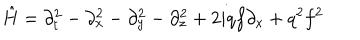
{ \hat { H } } = \partial _ { t } ^ { 2 } - \partial _ { x } ^ { 2 } - \partial _ { y } ^ { 2 } - \partial _ { z } ^ { 2 } + 2 i q f \partial _ { x } + q ^ { 2 } f ^ { 2 }